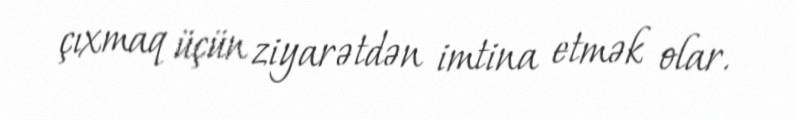
çıxmaq üçün ziyarətdən imtina etmək olar.